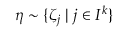
\eta \sim \{ \zeta _ { j } \; | \; j \in I ^ { k } \}